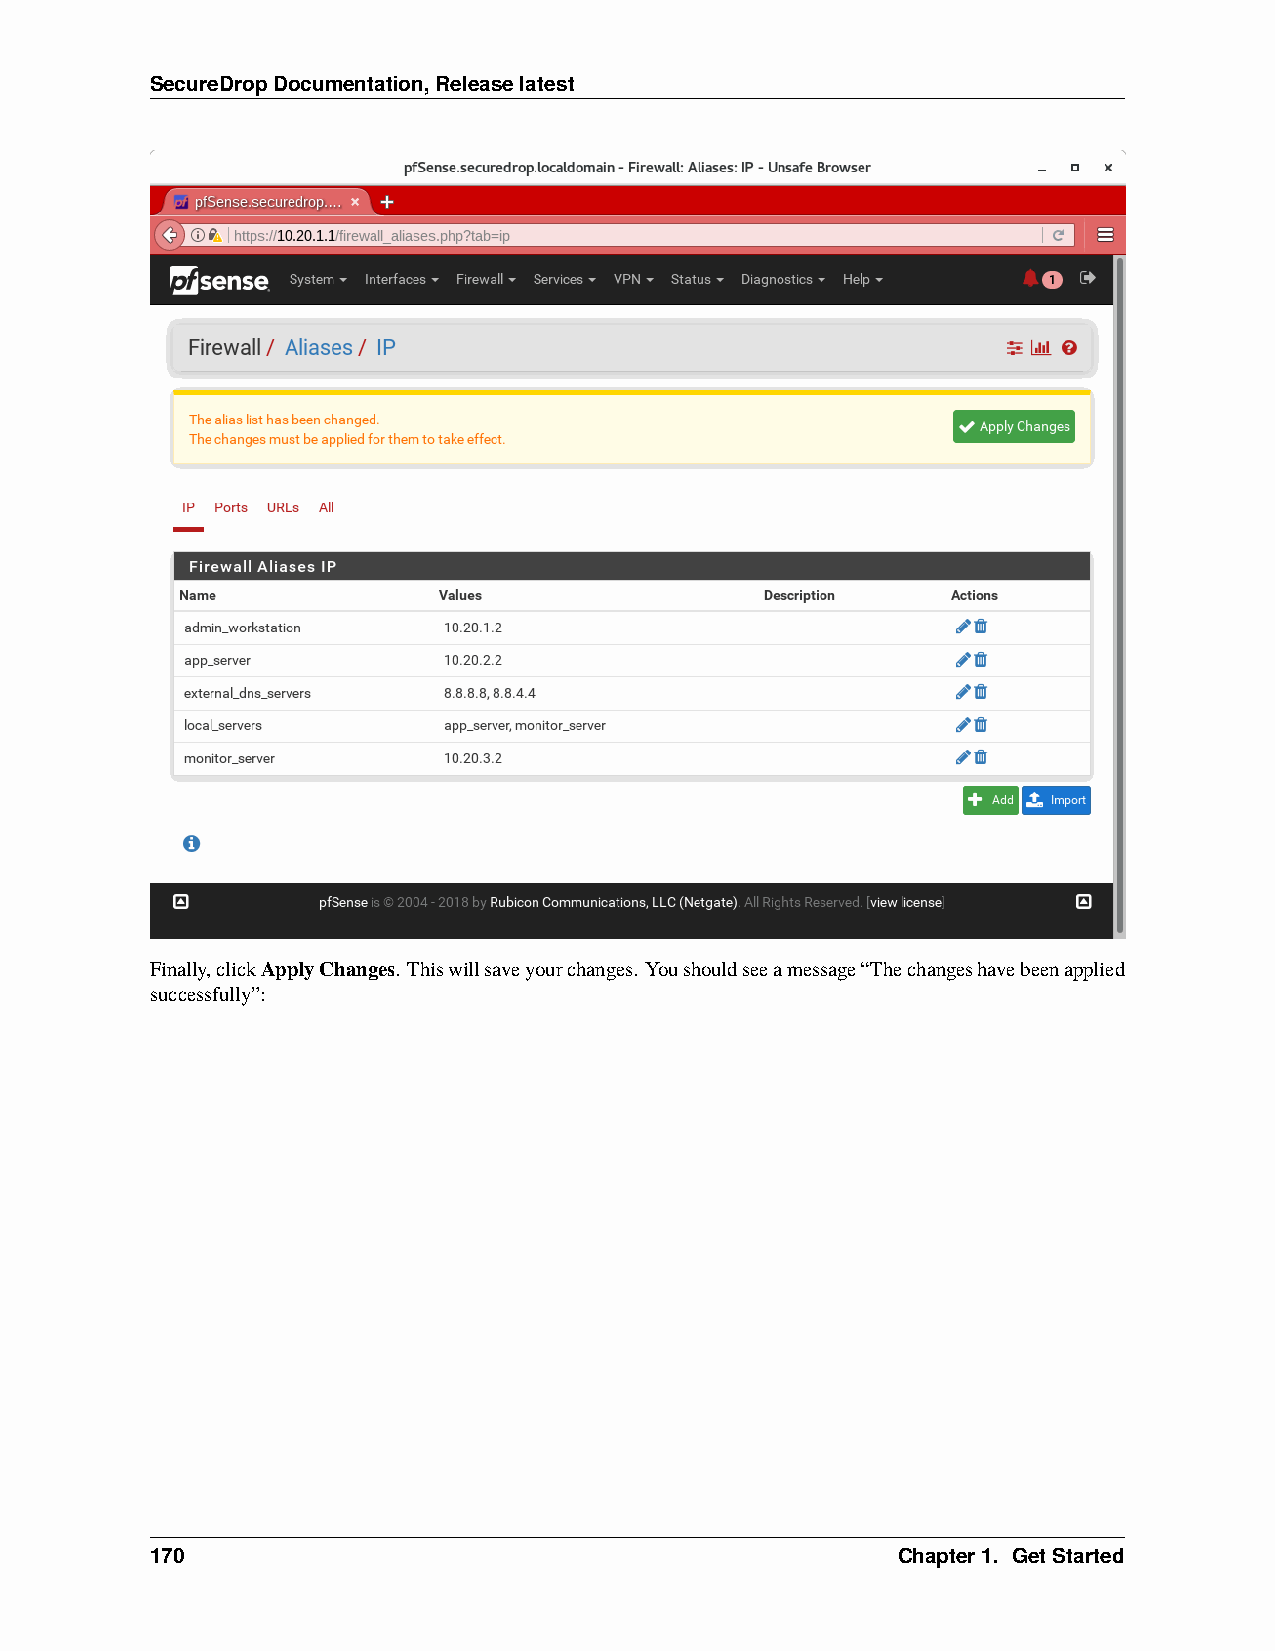
SecureDropDocumentation,Releaselatest
 Finally,clickApplyChanges. Thiswillsaveyourchanges. Youshouldseeamessage“Thechangeshavebeenapplied
 successfully”:
 170                                              Chapter1. GetStarted